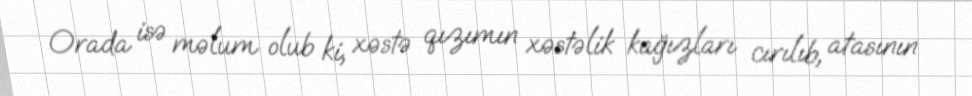
Orada isə məlum olub ki, xəstə qızımın xəstəlik kağızları cırılıb, atasının